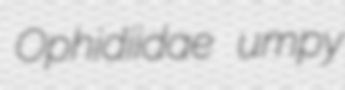
Ophidiidae umpy